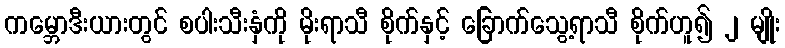
ကမ္ဘောဒီးယားတွင် စပါးသီးနှံကို မိုးရာသီ စိုက်နှင့် ခြောက်သွေ့ရာသီ စိုက်ဟူ၍ ၂ မျိုး